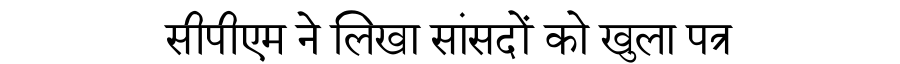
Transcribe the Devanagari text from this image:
सीपीएम ने लिखा सांसदों को खुला पत्र